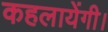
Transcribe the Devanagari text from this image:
कहलायेंगी।